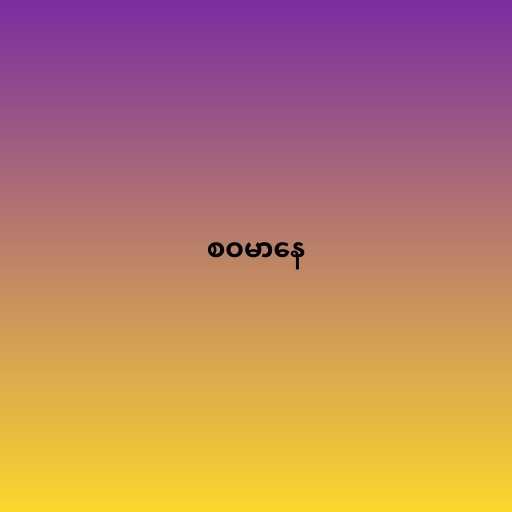
စဝမာနေ